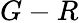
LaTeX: G-R